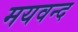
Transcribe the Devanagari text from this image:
मयवन्द